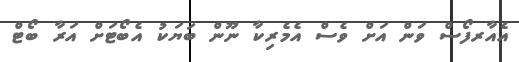
އެއާރފޯސް ވަން އަށް ވެސް އެމެރިކާ ނޫން ބަޔަކު އެބޯޓަށް އަރާ ބޯޓް